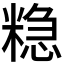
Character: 𮇮